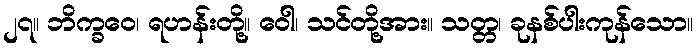
၂၇။ ဘိက္ခဝေ၊ ရဟန်းတို့။ ဝေါ၊ သင်တို့အား။ သတ္တ၊ ခုနစ်ပါးကုန်သော။